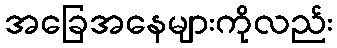
အခြေအနေများကိုလည်း